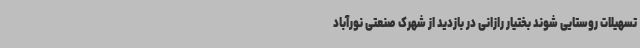
تسهیلات روستایی شوند بختیار رازانی در بازدید از شهرک صنعتی نورآباد